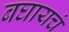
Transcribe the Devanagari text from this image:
बघायचं